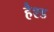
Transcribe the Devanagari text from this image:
हैश्ड